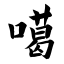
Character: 噶